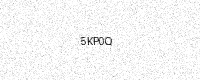
Text: 5KP0Q